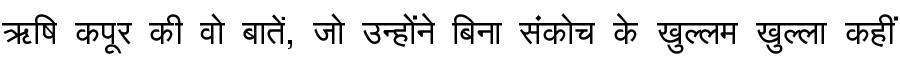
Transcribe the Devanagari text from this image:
ऋषि कपूर की वो बातें, जो उन्होंने बिना संकोच के खुल्लम खुल्ला कहीं